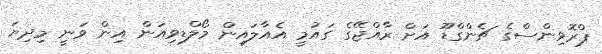
ޕްރޮވިންސްގެ ޗެންގްޑޫ އަށް ރާއްޖޭގެ ގައުމީ އެއާލައިން މޯލްޑިވިއަން އިން ވަނީ މިދިޔަ